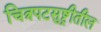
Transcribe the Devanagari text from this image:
चित्रपटसुष्ट्रीतील